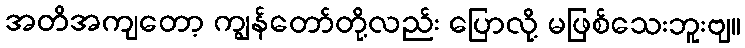
အတိအကျတော့ ကျွန်တော်တို့လည်း ပြောလို့ မဖြစ်သေးဘူးဗျ။